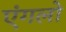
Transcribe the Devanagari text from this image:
एंगलो